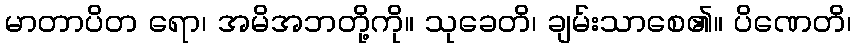
မာတာပိတ ရော၊ အမိအဘတို့ကို။ သုခေတိ၊ ချမ်းသာစေ၏။ ပိဏေတိ၊